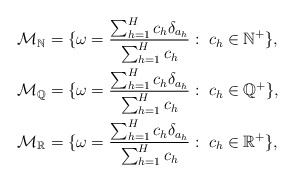
\begin{align*}\mathcal{M_{\mathbb{N}}}&= \{\omega=\frac{\sum_{h=1}^{H}c_h\delta_{a_h}}{\sum_{h=1}^{H}c_h}:\; c_h \in \mathbb{N}^+\}, \\\mathcal{M_{\mathbb{Q}}}&= \{\omega=\frac{\sum_{h=1}^{H}c_h\delta_{a_h}}{\sum_{h=1}^{H}c_h}:\; c_h \in \mathbb{Q}^+\}, \\\mathcal{M_{\mathbb{R}}}&= \{\omega=\frac{\sum_{h=1}^{H}c_h\delta_{a_h}}{\sum_{h=1}^{H}c_h}:\; c_h \in \mathbb{R}^+\},\end{align*}